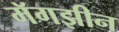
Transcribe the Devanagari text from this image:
मॅगझीन